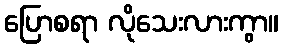
ပြောစရာ လိုသေးလားကွာ။